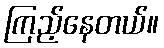
ကြည့်နေတယ်။